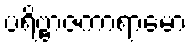
ပရိဗ္ဗာဇကာရာမော